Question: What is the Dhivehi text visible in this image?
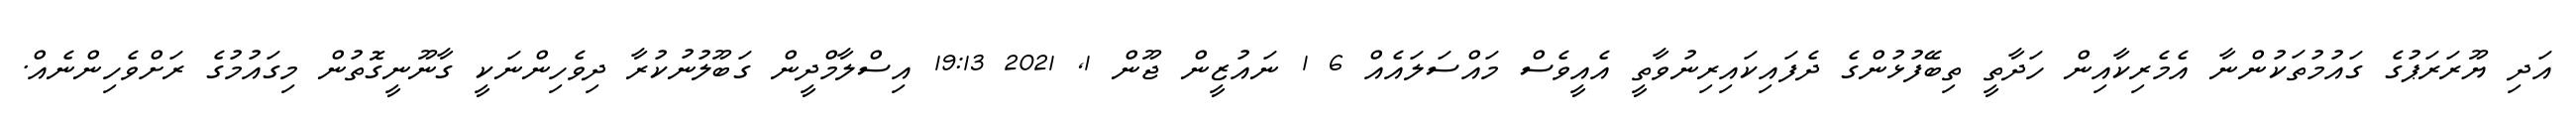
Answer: އަދި ޔޫރަރަޕުގެ ގައުމުތަކުންނާ އެމެރިކާއިން ހަދާތީ ތިބޭފުޅުންގެ ދެފައިކައިރިނުވާތީ އެއީވެސް މައްސަލައެއް 6 1 ނައުޒީން ޖޫން 1, 2021 19:13 އިސްލާމްދީން ގަބޫލުނުކުރާ ދިވެހިންނަކީ ގާނޫނީގޮތުން މިގައުމުގެ ރަށްވެހިންނެއް.